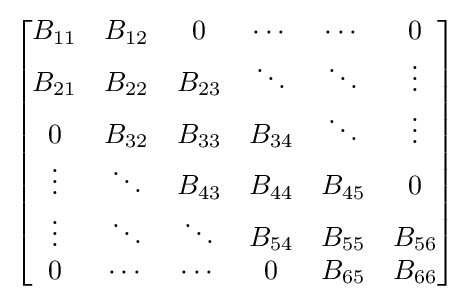
{\begin{bmatrix}B_{11}&B_{12}&0&\cdots &\cdots &0\\B_{21}&B_{22}&B_{23}&\ddots &\ddots &\vdots \\0&B_{32}&B_{33}&B_{34}&\ddots &\vdots \\\vdots &\ddots &B_{43}&B_{44}&B_{45}&0\\\vdots &\ddots &\ddots &B_{54}&B_{55}&B_{56}\\0&\cdots &\cdots &0&B_{65}&B_{66}\end{bmatrix}}